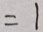
= 1